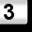
Digit: 3